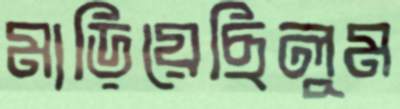
মাড়িয়েছিলুম